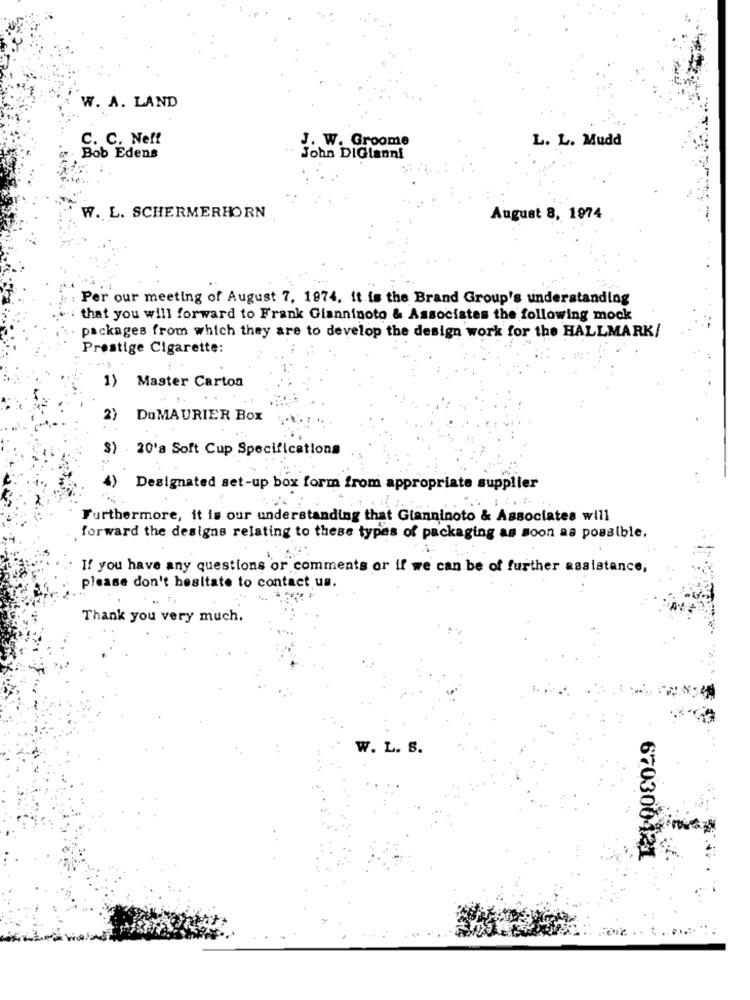
W. A. LAND
C. C. Neff
J. W. Groome
L. L. Mudd
Bob Edens
John DiGianni
W. L. SCHERMERHORN
August 8, 1974
Per our meeting of August 7, 1974. it is the Brand Group's understanding
that you will forward to Frank Gianninoto & Associates the following mock
packages from which they are to develop the design work for the HALLMARK/
Prestige Cigarette:
1)
Master Carton
2) DuMAURIER Box
$) 20's Soft Cup Specifications
4)
Designated set-up box form from appropriate supplier
Furthermore, it is our understanding that Gianninoto & Associates will
forward the designs relating to these types of packaging as soon as possible.
If you have any questions or comments or if we can be of further assistance,
please don't hesitate to contact us.
Thank you very much,
W. L. S.
670300421